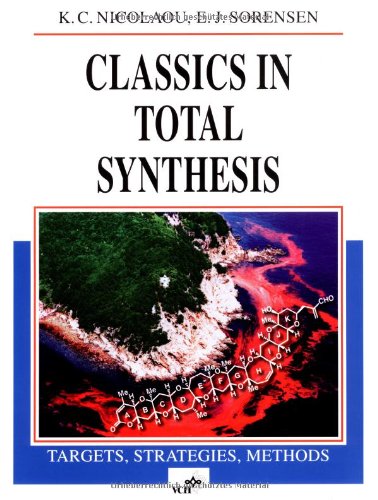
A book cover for Classics in Total Synthesis: Targets, Strategies, Methods; K. C. Nicolaou; Science & Math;